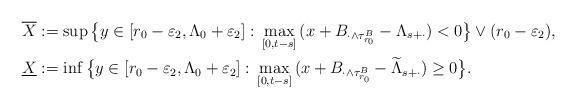
LaTeX: \begin{align*}&\overline X:=\sup\big\{y\in[r_0-\varepsilon_2,\Lambda_0+\varepsilon_2]:\,\max_{[0,t-s]}\,(x+B_{\cdot\wedge\tau^B_{r_0}}-\Lambda_{s+\cdot})<0\big\}\vee (r_0-\varepsilon_2), \\&\underline X:=\inf\big\{y\in[r_0-\varepsilon_2,\Lambda_0+\varepsilon_2]:\,\max_{[0,t-s]}\,(x+B_{\cdot\wedge\tau^B_{r_0}}-\widetilde\Lambda_{s+\cdot})\ge0\big\}. \end{align*}